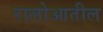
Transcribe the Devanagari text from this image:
रालोआतील